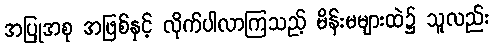
အပြုအစု အဖြစ်နှင့် လိုက်ပါလာကြသည့် မိန်းမများထဲ၌ သူလည်း